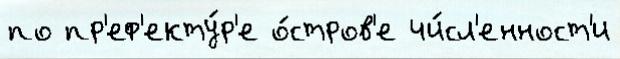
по пр'еф'екту́р'е о́стров'е чи́сл'енност'и